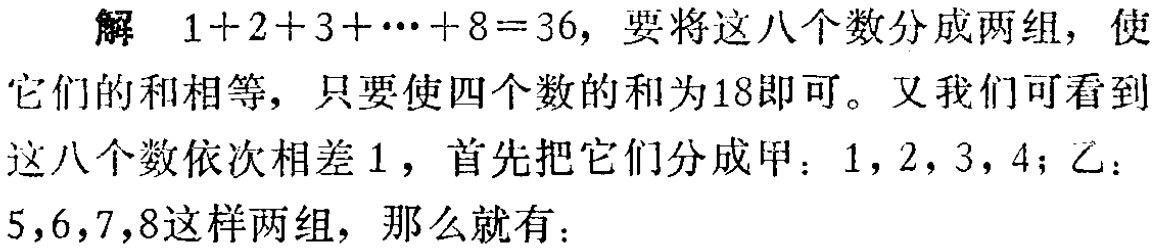
解 \(1 + 2 + 3 + \cdots + 8 = 36\)，要将这八个数分成两组，使它们的和相等，只要使四个数的和为18即可。又我们可看到这八个数依次相差1，首先把它们分成甲：1，2，3，4；乙：5，6，7，8这样两组，那么就有：